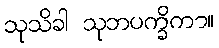
သုသိခါ သုဘပက္ခိကာ။